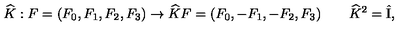
\widehat { K } : F = ( F _ { 0 } , F _ { 1 } , F _ { 2 } , F _ { 3 } ) \to \widehat { K } F = ( F _ { 0 } , - F _ { 1 } , - F _ { 2 } , F _ { 3 } ) \qquad \widehat { K } ^ { 2 } = \hat { \mathrm { I } } ,